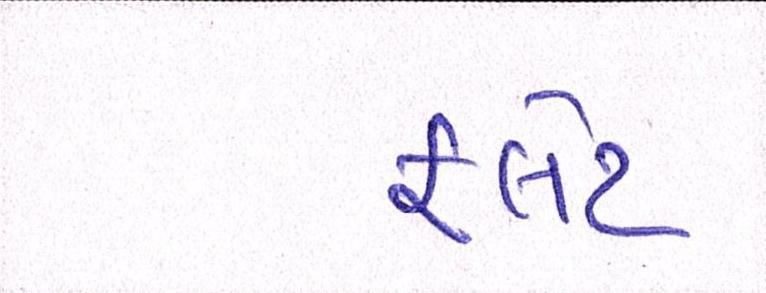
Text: ફલેટ